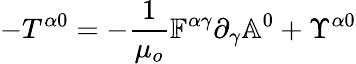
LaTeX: -T^{\alpha 0}=-\frac{1}{\mu_{o}}\mathbb{F}^{\alpha\gamma}\partial_{\gamma}\mathbb{A}^{0}+\Upsilon^{\alpha 0}